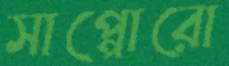
সাপ্পোরো